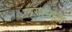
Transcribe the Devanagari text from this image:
लगानला